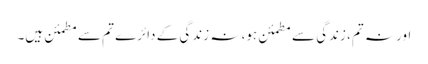
اور نہ تم، زندگی سے مطمئن ہو، نہ زندگی کے دائرے تم سے مطمئن ہیں۔